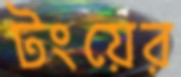
টংয়ের